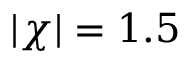
| \chi | = 1 . 5